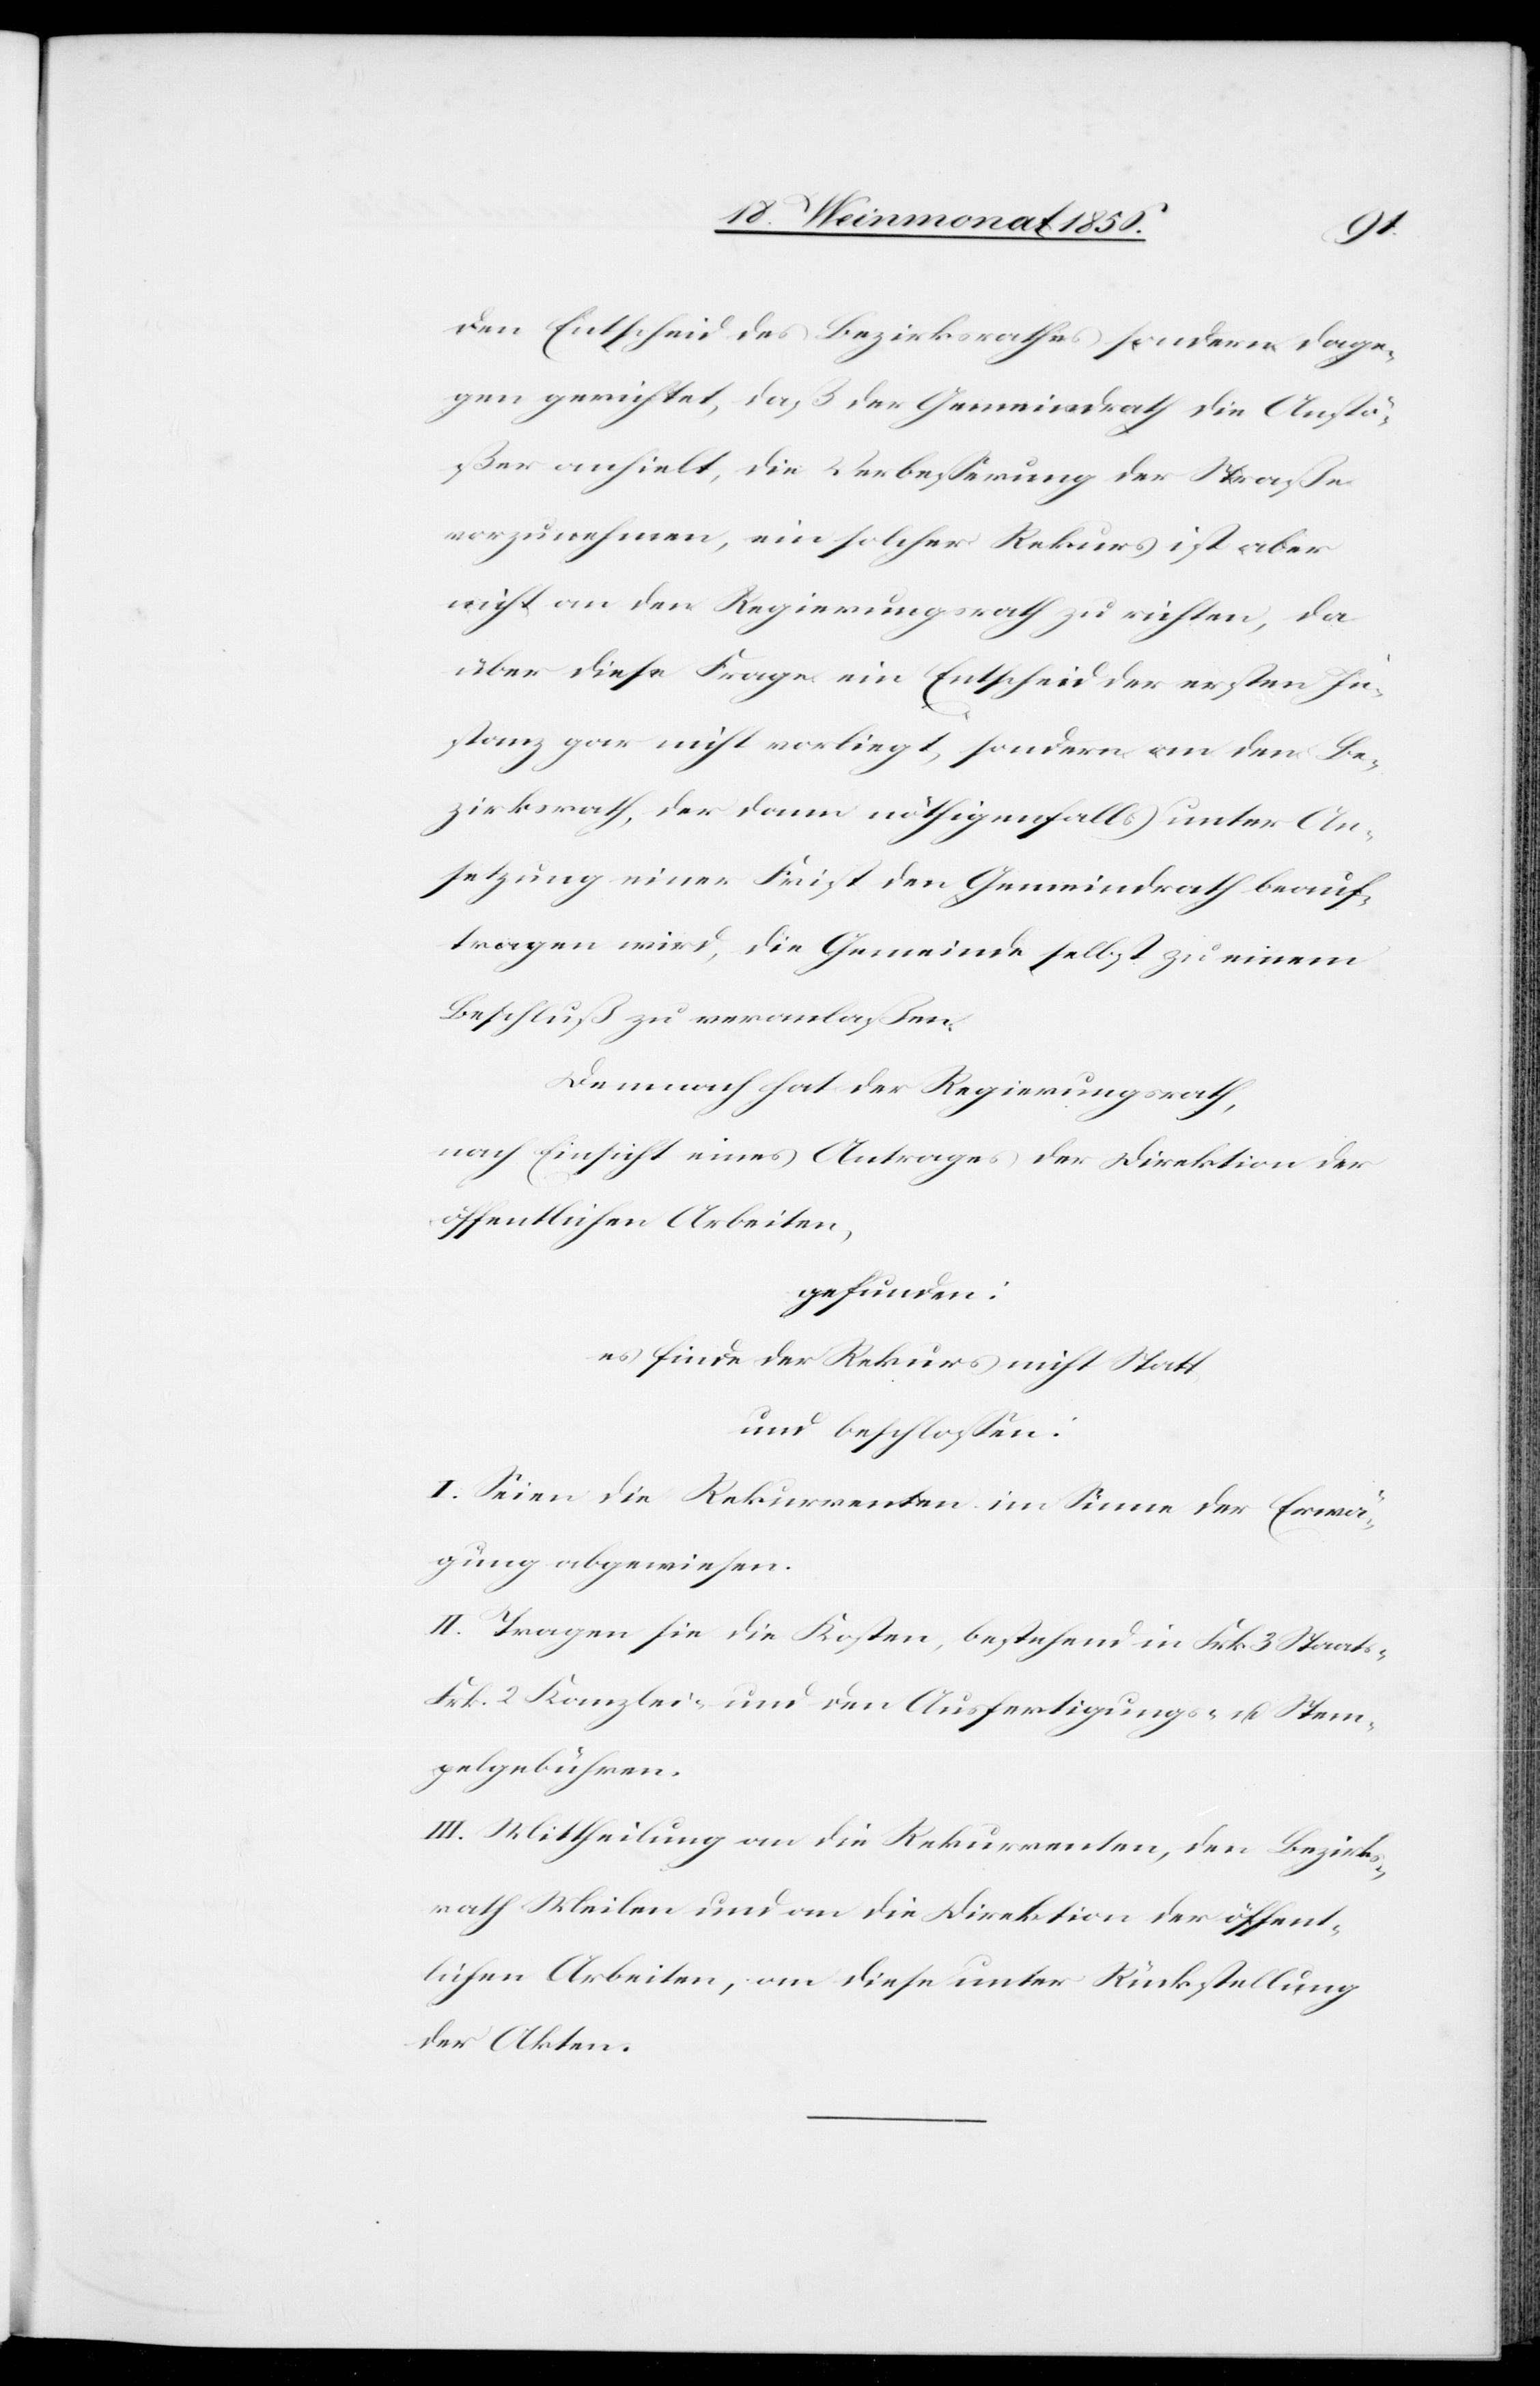
den Entscheid des Bezirksrathes sondern dage¬
gen gerichtet, daß der Gemeindrath die Anstö¬
ßer anhielt, die Verbesserung der Straße
vorzunehmen, ein solcher Rekurs ist aber
nicht an den Regierungsrath zu richten, da
über diese Frage ein Entscheid der ersten In¬
stanz gar nicht vorliegt, sondern an den Be¬
zirksrath, der dann nöthigenfalls unter An¬
setzung einer Frist den Gemeindrath beauf¬
tragen wird, die Gemeinde selbst zu einem
Beschluß zu veranlaßen.
Demnach hat der Regierungsrath,
nach Einsicht eines Antrages der Direktion der
öffentlichen Arbeiten,
gefunden:
es finde der Rekurs nicht Statt
und beschlossen:
I. Seien die Rekurrenten im Sinne der Erwä¬
gung abgewiesen.
II. Tragen sie die Kosten, bestehend in Frk. 3 Staats-[,]
Frk. 2 Kanzlei- und den Ausfertigungs- u. Stem¬
pelgebühren.
III. Mittheilung an die Rekurrenten, den Bezirks¬
rath Meilen und an die Direktion der öffent¬
lichen Arbeiten, an diese unter Rückstellung
der Akten.